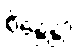
စိန္တေန္တာ